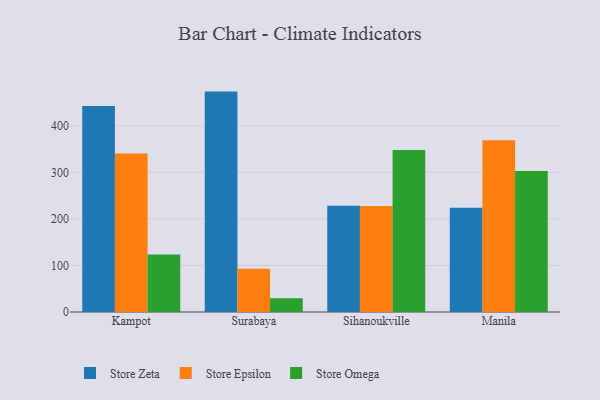
{"axis": {"x": "City", "y": "Inventory Turnover"}, "legend": ["Store Epsilon", "Store Omega", "Store Zeta"], "data": [{"x": "Kampot", "y": 442.8, "type": "Store Zeta"}, {"x": "Kampot", "y": 340.4, "type": "Store Epsilon"}, {"x": "Kampot", "y": 123.8, "type": "Store Omega"}, {"x": "Surabaya", "y": 473.7, "type": "Store Zeta"}, {"x": "Surabaya", "y": 92.9, "type": "Store Epsilon"}, {"x": "Surabaya", "y": 29.3, "type": "Store Omega"}, {"x": "Sihanoukville", "y": 228.6, "type": "Store Zeta"}, {"x": "Sihanoukville", "y": 227.7, "type": "Store Epsilon"}, {"x": "Sihanoukville", "y": 348.4, "type": "Store Omega"}, {"x": "Manila", "y": 224.3, "type": "Store Zeta"}, {"x": "Manila", "y": 369.4, "type": "Store Epsilon"}, {"x": "Manila", "y": 302.9, "type": "Store Omega"}]}